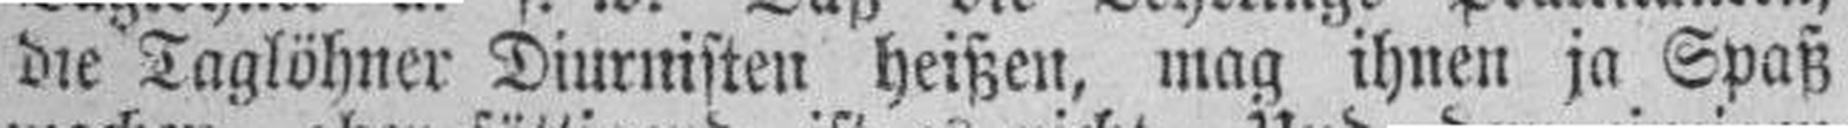
die Taglöhner Diurnisten heißen, mag ihnen ja Spaß